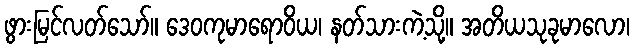
ဖွားမြင်လတ်သော်။ ဒေဝကုမာရောဝိယ၊ နတ်သားကဲ့သို့။ အတိယသုခုမာလော၊